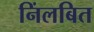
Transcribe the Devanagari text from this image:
निंलबित